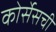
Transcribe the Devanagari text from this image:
कोर्सेसची